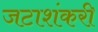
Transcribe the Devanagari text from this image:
जटाशंकरी